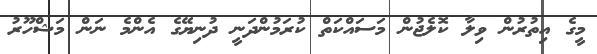
މީގެ އިތުރުން ވިލާ ކޮލެޖުން މަސައްކަތް ކުރަމުންދަނީ ދުނިޔޭގެ އެންމެ ނަން މަޝްހޫރު